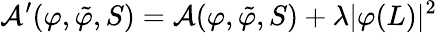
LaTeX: \mathcal{A}^{\prime}(\varphi,\tilde{\varphi},S)=\mathcal{A}(\varphi,\tilde{\varphi},S)+\lambda\vert\varphi(L)\vert^{2}